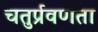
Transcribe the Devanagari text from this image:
चतुर्प्रवणता